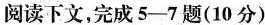
阅读下文，完成5-7题(10分)